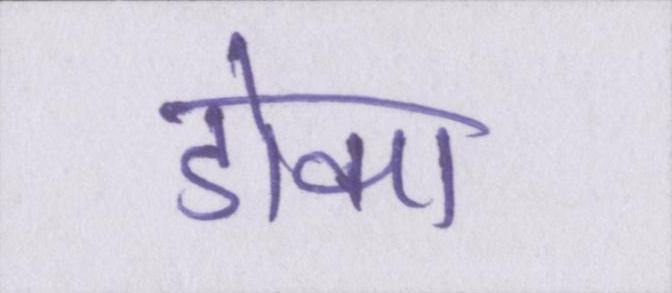
डोका